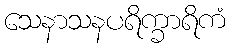
သေနာသနပရိက္ခာရိကံ